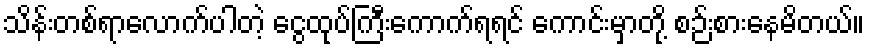
သိန်းတစ်ရာလောက်ပါတဲ့ ငွေထုပ်ကြီးကောက်ရရင် ကောင်းမှာတို့ စဉ်းစားနေမိတယ်။